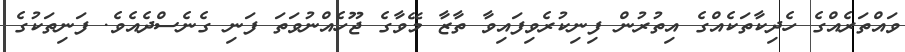
ވައްތަރެއްގެ ހެދިކާތަކެއްގެ އިތުރުން ފިނިކުރެވިފައިވާ ތާޒާ މޭވާގެ ޖޫހެއްނުވަތަ ފަނި ގެނެސްދެއެވެ. ފަނިތަކުގެ